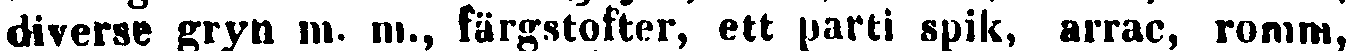
diverse gryn m. m., färgstofter, ett parti spik, arrac, romm,